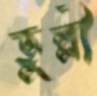
ভূল্লী